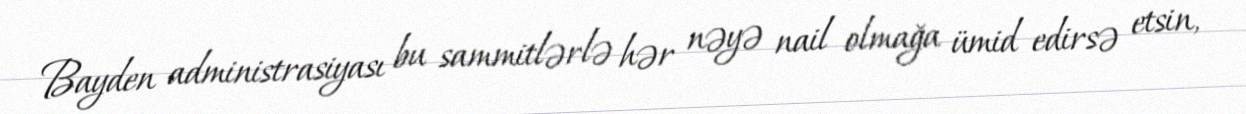
Bayden administrasiyası bu sammitlərlə hər nəyə nail olmağa ümid edirsə etsin,